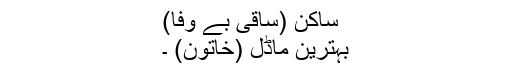
ساکن (ساقی بے وفا)
بہترین ماڈل (خاتون) ۔